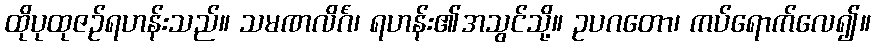
ထိုပုထုဇဉ်ရဟန်းသည်။ သမဏလိင်္ဂံ၊ ရဟန်း၏အသွင်သို့။ ဥပဂတော၊ ကပ်ရောက်လေ၍။